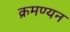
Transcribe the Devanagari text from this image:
क्रमण्यन